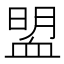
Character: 𧖽